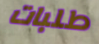
طلبات